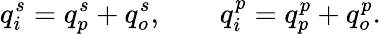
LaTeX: q_{i}^{s}=q_{p}^{s}+q_{o}^{s},\qquad q_{i}^{p}=q_{p}^{p}+q_{o}^{p}.